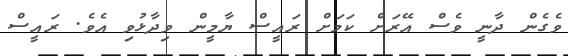
ވެގެން ދާނީ ވެސް އޭރަށް ކަމަށް ރައީސް ޔާމީން ވިދާޅުވި އެވެ. ރައީސް